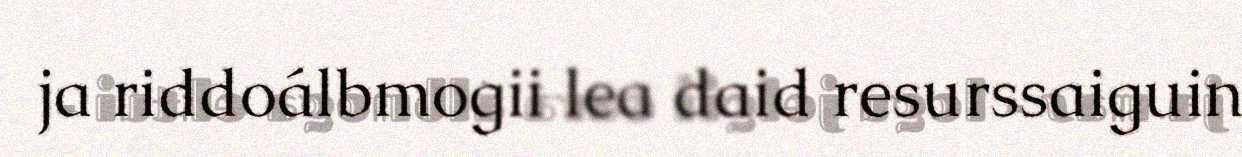
ja riddoálbmogii lea daid resurssaiguin